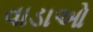
વાડાઓ